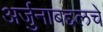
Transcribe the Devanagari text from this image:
अर्जुनाबद्दलचे